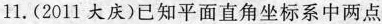
11.(2011大庆)已知平面直角坐标系中两点